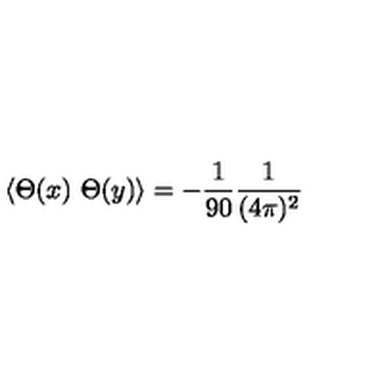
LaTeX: \langle \Theta ( x ) \ \Theta ( y ) \rangle = - \frac { 1 } { 9 0 } \frac { 1 } { ( 4 \pi ) ^ { 2 } }